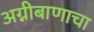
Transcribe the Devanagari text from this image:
अग्नीबाणाचा